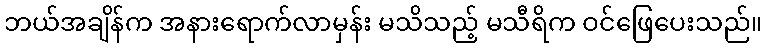
ဘယ်အချိန်က အနားရောက်လာမှန်း မသိသည့် မသီရိက ဝင်ဖြေပေးသည်။